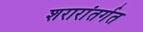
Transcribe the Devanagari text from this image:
शरारांतर्गत